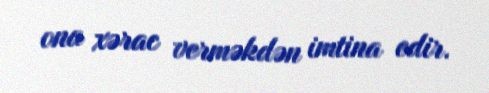
ona xərac verməkdən imtina edir.